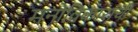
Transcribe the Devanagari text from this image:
मनोविकारांची